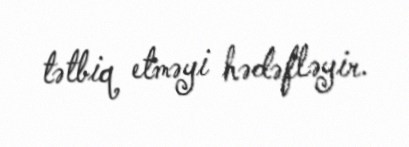
tətbiq etməyi hədəfləyir.